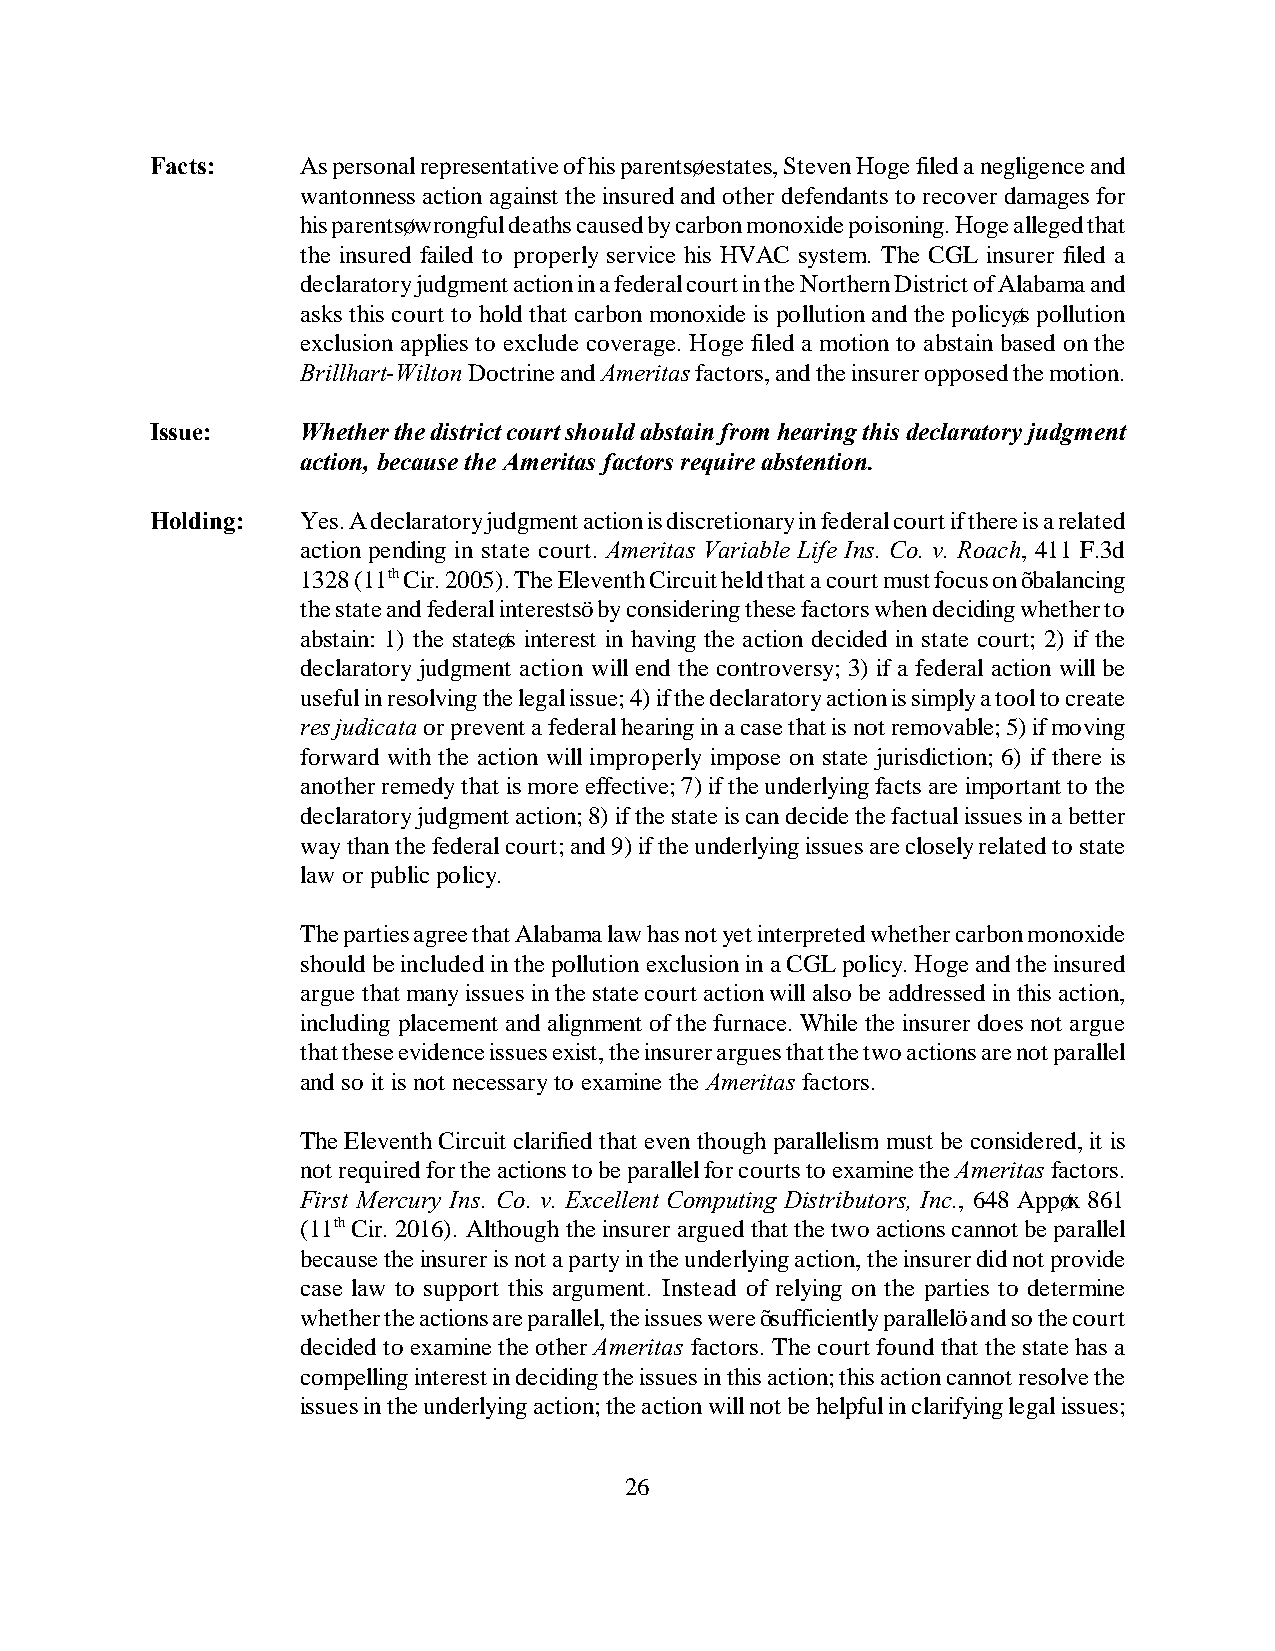
Facts:    As personal representative of his parents’ estates, Steven Hoge filed a negligence and
 wantonness action against the insured and other defendants to recover damages for
 his parents’ wrongful deaths caused by carbon monoxide poisoning. Hoge alleged that
 the insured failed to properly service his HVAC system. The CGL insurer filed a
 declaratory judgment action in a federal court in the Northern District of Alabama and
 asks this court to hold that carbon monoxide is pollution and the policy’s pollution
 exclusion applies to exclude coverage. Hoge filed a motion to abstain based on the
 Brillhart-Wilton Doctrine and Ameritas factors, and the insurer opposed the motion.
 Issue:    Whether the district court should abstain from hearing this declaratory judgment
 action, because the Ameritas factors require abstention.
 Holding:  Yes. A declaratory judgment action is discretionary in federal court if there is a related
 action pending in state court. Ameritas Variable Life Ins. Co. v. Roach, 411 F.3d
 1328 (11th Cir. 2005). The Eleventh Circuit held that a court must focus on “balancing
 the state and federal interests” by considering these factors when deciding whether to
 abstain: 1) the state’s interest in having the action decided in state court; 2) if the
 declaratory judgment action will end the controversy; 3) if a federal action will be
 useful in resolving the legal issue; 4) if the declaratory action is simply a tool to create
 res judicata or prevent a federal hearing in a case that is not removable; 5) if moving
 forward with the action will improperly impose on state jurisdiction; 6) if there is
 another remedy that is more effective; 7) if the underlying facts are important to the
 declaratory judgment action; 8) if the state is can decide the factual issues in a better
 way than the federal court; and 9) if the underlying issues are closely related to state
 law or public policy.
 The parties agree that Alabama law has not yet interpreted whether carbon monoxide
 should be included in the pollution exclusion in a CGL policy. Hoge and the insured
 argue that many issues in the state court action will also be addressed in this action,
 including placement and alignment of the furnace. While the insurer does not argue
 that these evidence issues exist, the insurer argues that the two actions are not parallel
 and so it is not necessary to examine the Ameritas factors.
 The Eleventh Circuit clarified that even though parallelism must be considered, it is
 not required for the actions to be parallel for courts to examine the Ameritas factors.
 First Mercury Ins. Co. v. Excellent Computing Distributors, Inc., 648 App’x 861
 (11th Cir. 2016). Although the insurer argued that the two actions cannot be parallel
 because the insurer is not a party in the underlying action, the insurer did not provide
 case law to support this argument. Instead of relying on the parties to determine
 whether the actions are parallel, the issues were “sufficiently parallel” and so the court
 decided to examine the other Ameritas factors. The court found that the state has a
 compelling interest in deciding the issues in this action; this action cannot resolve the
 issues in the underlying action; the action will not be helpful in clarifying legal issues;
 26